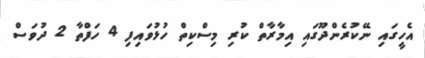
އެހީގައި ނޭކުރެންދޫގައި އިމާރާތް ކުރި މިސްކިތް ހުޅުވައިފި 4 ހަފްތާ 2 ދުވަސް